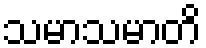
သမာသမာတိ